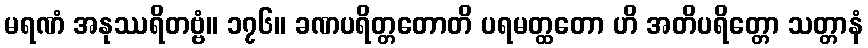
မရဏံ အနုဿရိတဗ္ဗံ။ ၁၇၆။ ခဏပရိတ္တတောတိ ပရမတ္ထတော ဟိ အတိပရိတ္တော သတ္တာနံ